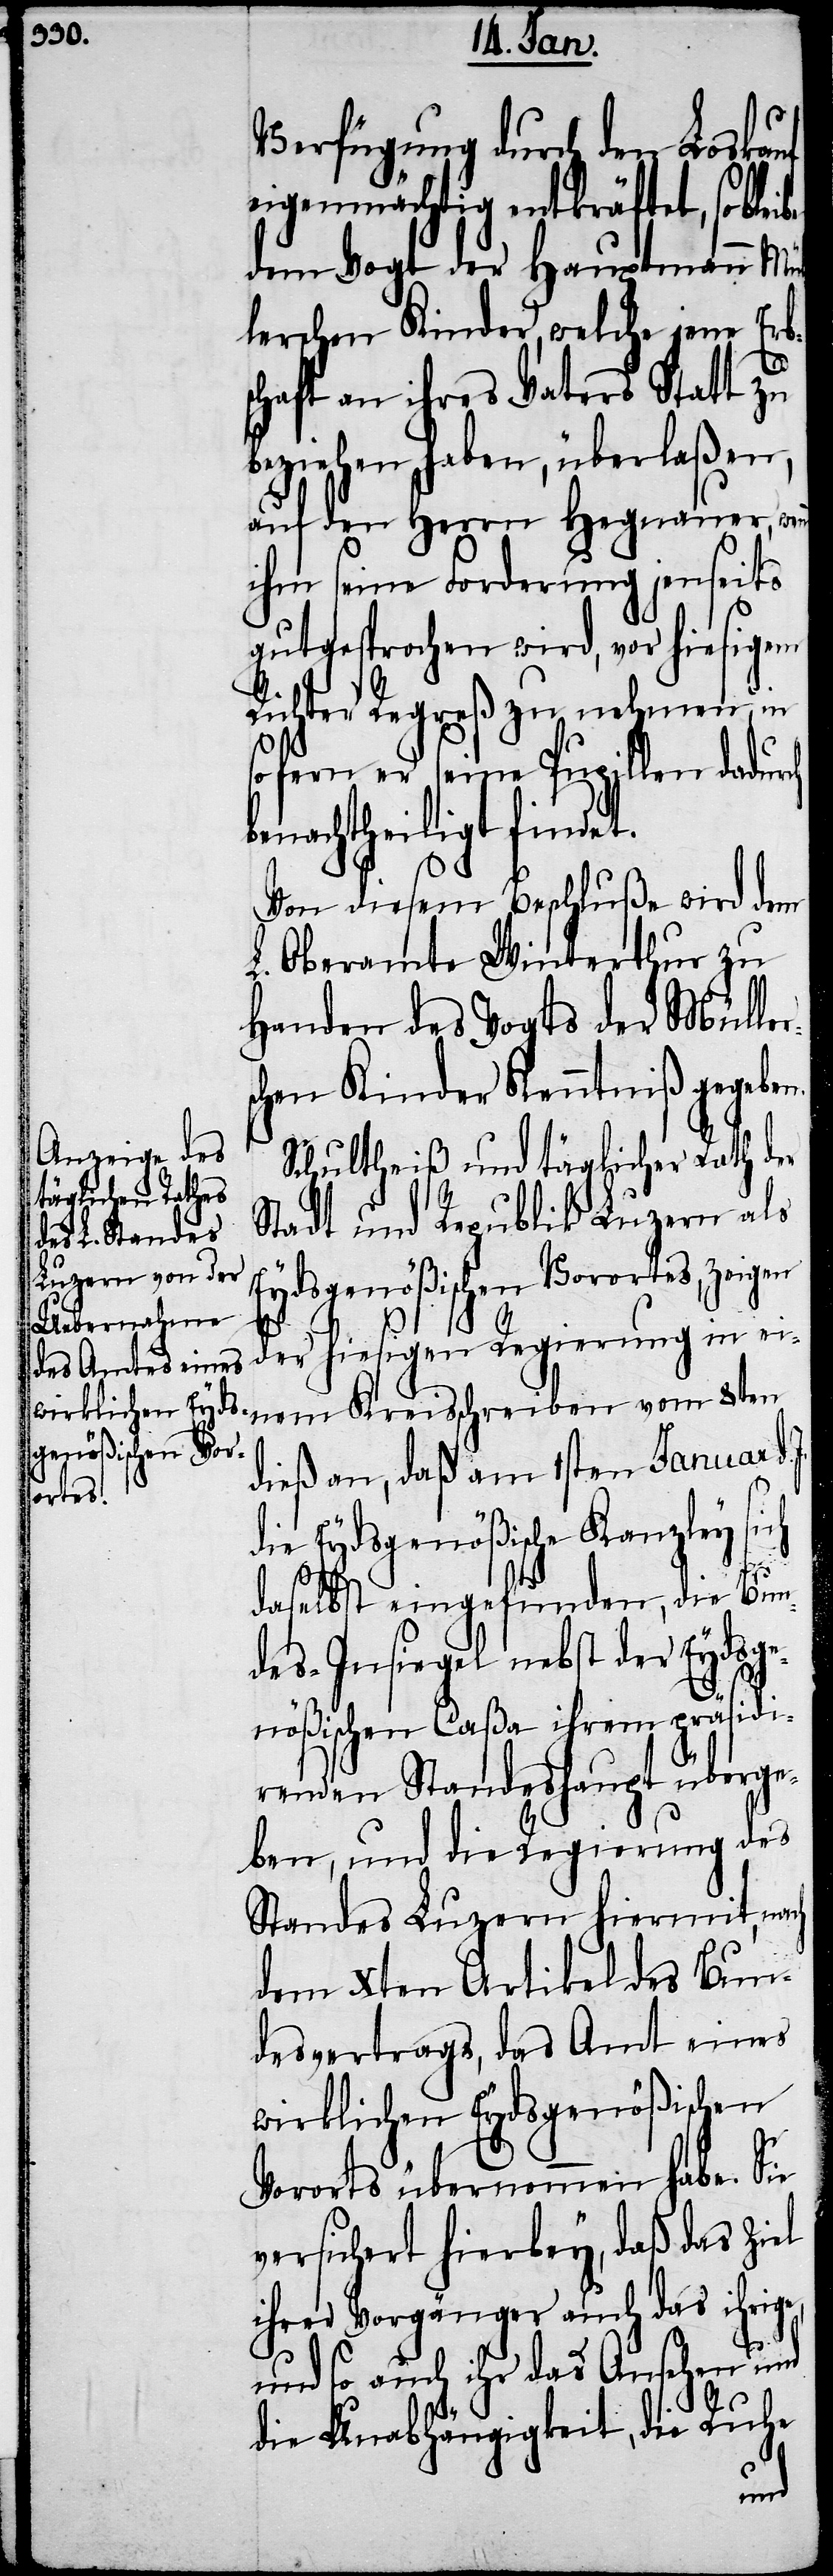
Verfügung durch den Loskauf
eigenmächtig entkräftet, so ble¬
dem Vogt der Hauptmann Mül¬
lerschen Kinder, welche jene Erb¬
schaft an ihres Vaters Statt zu
beziehen haben, überlaßen,
auf den Herrn Hegnauer, wenn
ihm seine Forderung jenseits
gutgesprochen wird, vor hiesigem
Richter Regreß zu nehmen, in
fern er seine Pupillen dadurch
benachtheiligt findet.
Von diesem Beschluße wird dem
L. Oberamte Winterthur zu
Handen des Vogts der Mülle¬
chen Kinder Kenntniß gegebe¬
Schultheiß und täglicher Rath der
Stadt und Republik Luzern als
Eydsgenößischen Vorortes, zeigen
der hiesigen Regierung in ei¬
nem Kreisschreiben vom 8ten
dieß an, daß am 1sten Januar d.
die Eydsgenößische Kanzley sich
daselbst eingefunden, die Bun¬
des-Insiegel nebst der Eydsge¬
nößischen Caßa ihrem präsidi¬
renden Standeshaupt überge¬
ben, und die Regierung des
Standes Luzern hiermit, nach
dem Xten Artikel des Bun¬
desvertrags, das Amt eines
wirklichen Eydsgenößischen
Vororts übernommen habe. Sie
versichert hierbey, daß das Ziel
ihrer Vorgänger auch das ihri¬
und so auch ihr das Ansehen und
die Unabhängigkeit, die Ruhe
ge,